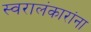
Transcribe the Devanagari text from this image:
स्वरालंकारांना